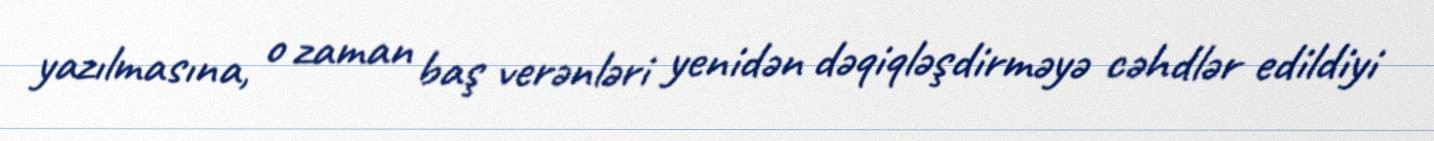
yazılmasına, o zaman baş verənləri yenidən dəqiqləşdirməyə cəhdlər edildiyi